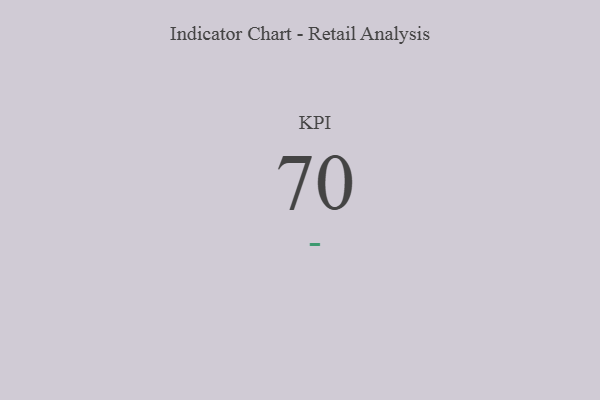
{"axis": {"x": "KPI", "y": "Value"}, "legend": [""], "data": [{"x": "KPI", "y": 70, "type": ""}]}